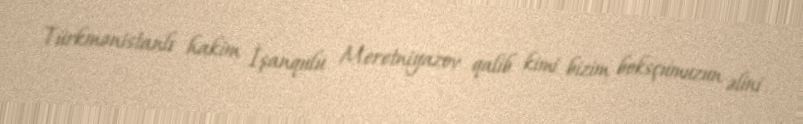
Türkmənistanlı hakim İşanqulu Meretniyazov qalib kimi bizim boksçumuzun əlini